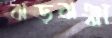
ঝড়ঝঞ্ঝা